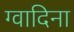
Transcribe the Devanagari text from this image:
ग्वादिना